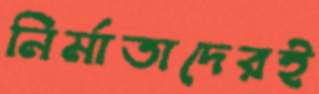
নির্মাতাদেরই